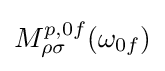
M_{\rho \sigma }^{p,0f}(\omega _{0f})